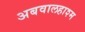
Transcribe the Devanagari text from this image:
अबवालहाश्म